Annual report of the Civil Veterinary Department, Bengal, for the year 1897-98 - 1897-1898
Year: 1897
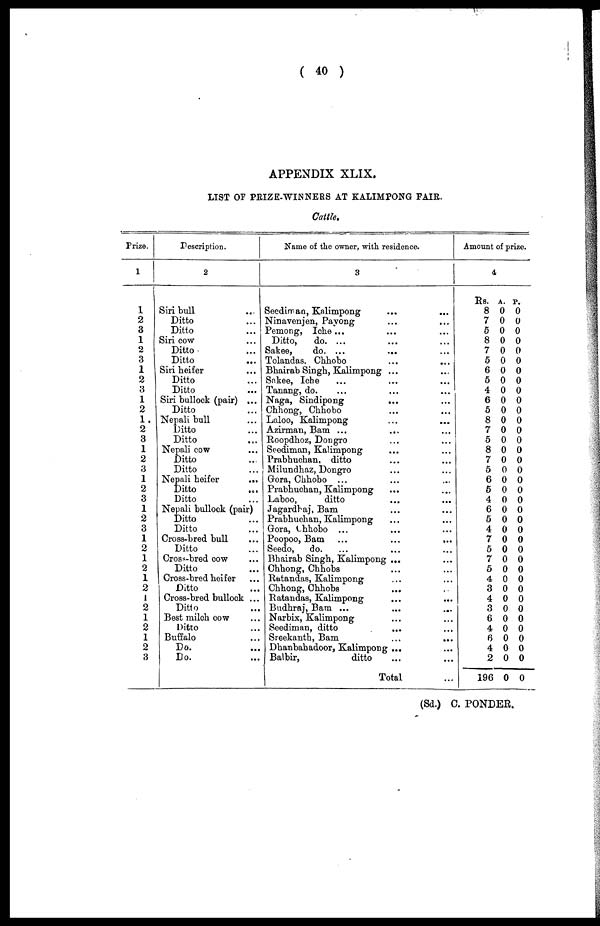
( 40 )
APPENDIX XLIX.
LIST OF PRIZE-WINNERS AT KALIMPONG FAIR.
Cattle.
Prize.
1
1
2
3
1
2
3
1
2
3
1
2
1
2
3
1
2
3
1
2
3
1
2
3
1
2
1
2
1
2
1
2
1
2
1
2
3
Description.
2
Siri bull ...
Ditto ...
Ditto ...
Siri cow ...
Ditto ...
Ditto
...
Siri heifer ...
Ditto ...
Ditto ...
Siri bullock (pair) ...
Ditto ...
Nepali bull ...
Ditto ...
Ditto ...
Nepali cow ...
Ditto ...
Ditto ...
Nepali heifer ...
Ditto ...
Ditto ...
Nepali bullock (pair)
Ditto ...
Ditto ...
Cross-bred bull ...
Ditto ...
Cross-bred Cow ...
Ditto ...
Cross-bred heifer ...
Ditto ...
Cross-bred bullook ...
Ditto ...
Best milch Cow ...
Ditto ...
Buffalo ...
Do. ...
Do. ...
Name of the owner, with residence.
3
Seediman, Kalimpong ... ...
Ninavenjen, Payong ... ...
Pemong, Iche ... ... ...
Ditto,
do. ...
Sakee,
do. ...
...
...
Tolandas, Chhobo ... ...
Bhairab Singh, Kalimpong ... ...
Sakee, Iche ... ... ...
Tanang, do. ... ... ...
Naga, Sindipong
... ...
Chhong, Chhobo ... ...
Laloo, Kalimpong ... ...
Azirman, Bam
...
...
...
Roopdhoz, Dongro ... ...
Seediman, Kalimpong ... ...
Prabhuchan, ditto ... ...
Milundhaz, Dongro ... ...
Gora, Chhobo ... ... ...
Prabhuchan, Kalimpong ... ...
Laboo,
ditto ... ...
Jagardbaj, Bam ... ...
Prabhuchan, Kalimpong ... ...
Gora, Chhobo ... ... ...
Poopoo, Bam ...
...
...
Seedo,
do. ... ... ...
Bhairab Singh, Kalimpong ... ...
Chhong, Chhobs ... ...
Ratandas, Kalimpong ... ...
Chhong, Chhobs ... ...
Ratandas, Kalimpong ... ...
Budhraj, Bam ... ... ...
Narbix, Kalimpong ... ...
Seediman, ditto ... ...
Sreekanth, Bam
...
...
Dhanbabadoor, Kalimpong ... ...
Balbir,
ditto ... ...
Total ...
Amount of prize.
4
Rs.
8
7
5
8
7
5
6
5
4
6
5
8
7
5
8
7
5
6
5
4
6
5
4
7
5
7
5
4
3
4
3
6
4
6
4
2
196
A.
0
0
0
0
0
0
0
0
0
0
0
0
0
0
0
0
0
0
0
0
0
0
0
0
0
0
0
0
0
0
0
0
0
0
0
0
0
P.
0
0
0
0
0
0
0
0
0
0
0
0
0
0
0
0
0
0
0
0
0
0
0
0
0
0
0
0
0
0
0
0
0
0
0
0
0
(Sd.) C. PONDER.